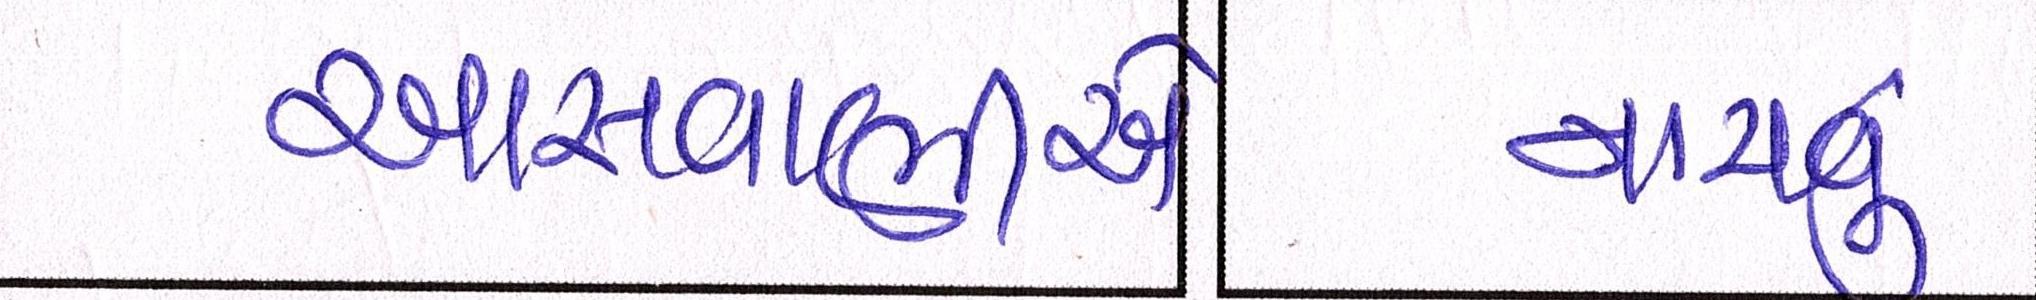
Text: આસવાણીએ